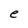
Character: e